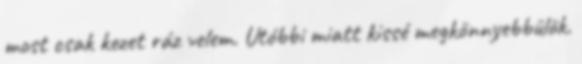
most csak kezet ráz velem. Utóbbi miatt kissé megkönnyebbülök.